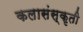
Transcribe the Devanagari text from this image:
कलासंस्कृती